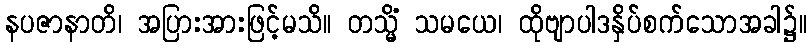
နပဇာနာတိ၊ အပြားအားဖြင့်မသိ။ တသ္မိံ သမယေ၊ ထိုဗျာပါဒနှိပ်စက်သောအခါ၌။